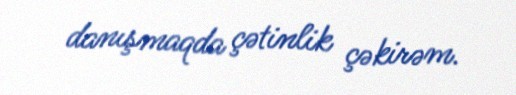
danışmaqda çətinlik çəkirəm.